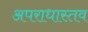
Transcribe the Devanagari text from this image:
अपराधास्तव